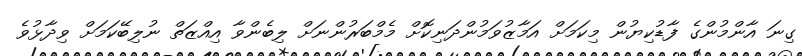
ގިނަ އާންމުންގެ ފާޑުކިޔުން މިކަމަށް އަމާޒުވަމުންދަނިކޮށް މެމްބަރުންނަށް ލިބެންވާ އިއްޒަތް ނުލިބޭކަމަށް ވިދާޅުވެ